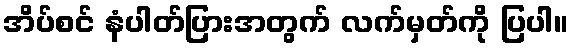
အိပ်စင် နံပါတ်ပြားအတွက် လက်မှတ်ကို ပြပါ။